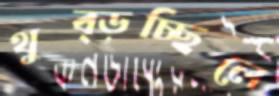
থুব্‌ড়চ্ছিলে